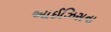
આઈઝિસના